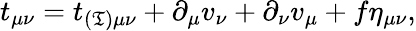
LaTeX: t_{\mu\nu}=t_{(\mathfrak{T})\mu\nu}+\partial_{\mu}v_{\nu}+\partial_{\nu}v_{\mu}+f\eta_{\mu\nu},